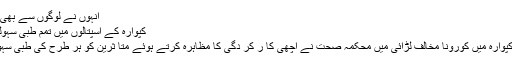
انہوں نے لوگوں سے بھی تلقین کی کہ وہ بغی
کپوارہ کے اسپتالوں میں تمم طبی سہولیات میسر:سی ایم او
کپوارہ//شمالی ضلع کپوارہ میں کورونا مخالف لڑائی میں محکمہ صحت نے اچھی کا ر کر دگی کا مظاہرہ کرتے ہوئے متا ثرین کو ہر طرح کی طبی سہولیات میسر رکھیں ۔